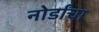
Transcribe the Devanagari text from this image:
नोर्डांचा